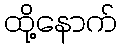
ထို့နောက်